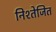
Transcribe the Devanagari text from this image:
निश्तेजित